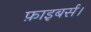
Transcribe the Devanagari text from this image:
फ़ाइबर्स।